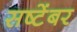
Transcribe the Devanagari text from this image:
सष्टेंबर